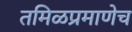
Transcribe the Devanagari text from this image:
तमिळप्रमाणेच